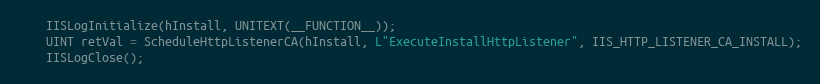
Language: C++
    IISLogInitialize(hInstall, UNITEXT(__FUNCTION__));
    UINT retVal = ScheduleHttpListenerCA(hInstall, L"ExecuteInstallHttpListener", IIS_HTTP_LISTENER_CA_INSTALL);
    IISLogClose();